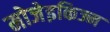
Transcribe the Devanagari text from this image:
मोजेइकिज्म